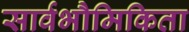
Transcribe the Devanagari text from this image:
सार्वभौमिकिता